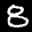
Label: 8